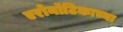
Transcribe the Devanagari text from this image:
एरोनॉटिकाच्या